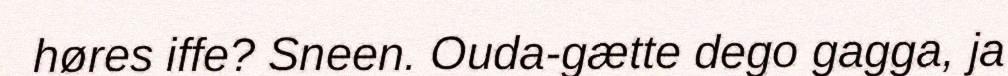
høres iffe? Sneen. Ouda-gætte dego gagga, ja